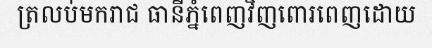
ត្រលប់មករាជ ធានីភ្នំពេញវិញពោរពេញដោយ